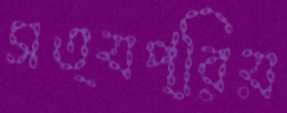
সত্যপ্রিয়